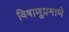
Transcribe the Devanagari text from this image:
विषाणूप्रमाणे